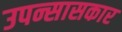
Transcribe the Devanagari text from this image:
उपन्सासकार